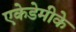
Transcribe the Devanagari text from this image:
एकेडेमीके